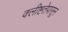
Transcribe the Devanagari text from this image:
क्लीष्टतेपासून